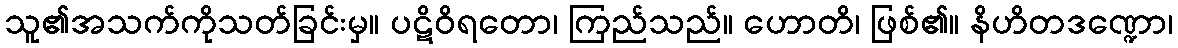
သူ၏အသက်ကိုသတ်ခြင်းမှ။ ပဋိဝိရတော၊ ကြည်သည်။ ဟောတိ၊ ဖြစ်၏။ နိဟိတဒဏ္ဍော၊